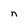
Character: n